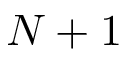
N + 1